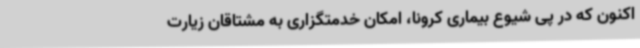
اکنون که در پی شیوع بیماری کرونا، امکان خدمتگزاری به مشتاقان زیارت